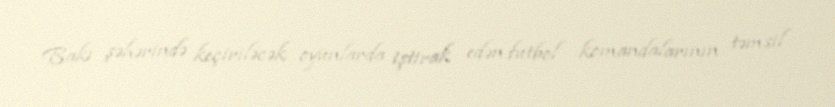
Bakı şəhərində keçiriləcək oyunlarda iştirak edən futbol komandalarının təmsil